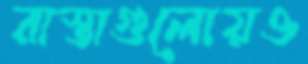
রাস্তাগুলোয়ও